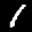
Label: 1